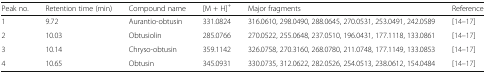
| Peak no. | Retention time (min) | Compound name | [M + H]+ | Major fragments | Reference |
 | --- | --- | --- | --- | --- | --- |
 | 1 | 9.72 | Aurantio-obtusin | 331.0824 | 316.0610, 298.0490, 288.0645, 270.0531, 253.0491, 242.0589 | [14–17] |
 | 2 | 10.03 | Obtusiolin | 285.0766 | 270.0522, 255.0648, 237.0510, 196.0431, 177.1118, 133.0861 | [14–17] |
 | 3 | 10.14 | Chryso-obtusin | 359.1142 | 326.0758, 270.3160, 268.0780, 211.0748, 177.1149, 133.0853 | [14–17] |
 | 4 | 10.65 | Obtusin | 345.0931 | 330.0735, 312.0622, 282.0526, 254.0513, 238.0612, 154.0484 | [14–17] |